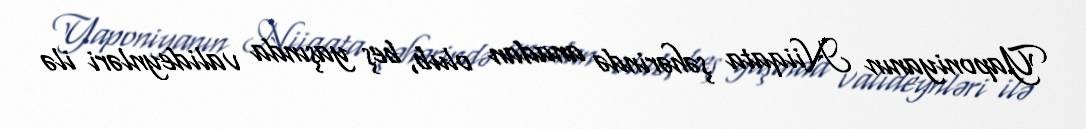
Yaponiyanın Niiqata şəhərində anadan olub, beş yaşında valideynləri ilə